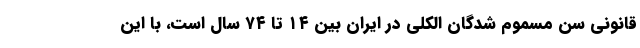
قانونی سن مسموم شدگان الکلی در ایران بین ۱۴ تا ۷۴ سال است، با این